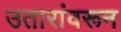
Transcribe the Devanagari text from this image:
उतारांवरून